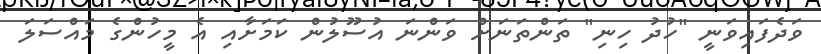
ވަދެފައިވަނީ "ހުދު ހިނި" ތަންތަނަށް ވަންނަ އުސޫލުން ކަމަށާއި އެ މީހުންގެ މައްސަލަ